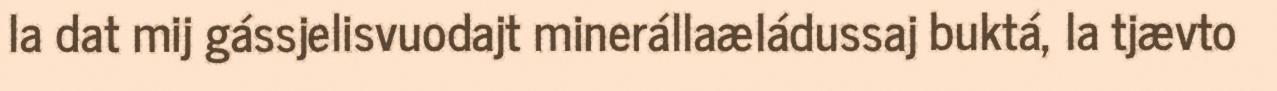
la dat mij gássjelisvuodajt minerállaæládussaj buktá, la tjævto